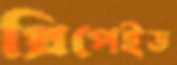
প্রিপেইড